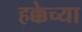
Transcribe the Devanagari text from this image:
हक्केच्या